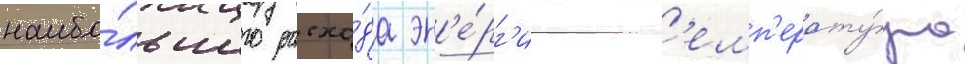
наибо́льшего расхо́да эн'е́рг'ии т'емп'ерату́ра